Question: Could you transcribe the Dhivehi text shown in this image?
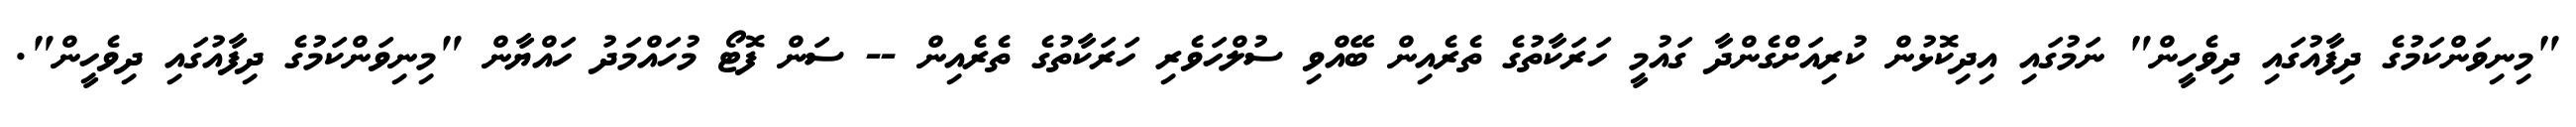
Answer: "މިނިވަންކަމުގެ ދިފާއުގައި ދިވެހީން" ނަމުގައި އިދިކޮޅުން ކުރިއަށްގެންދާ ގައުމީ ހަރަކާތުގެ ތެރެއިން ބޭއްވި ސުލްހަވެރި ހަރަކާތުގެ ތެރެއިން -- ސަން ފޮޓޯ މުހައްމަދު ހައްޔާން "މިނިވަންކަމުގެ ދިފާއުގައި ދިވެހީން".